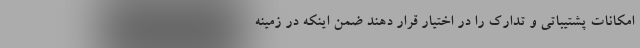
امکانات پشتیباتی و تدارک را در اختیار قرار دهند ضمن اینکه در زمینه